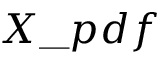
X \_ p d f